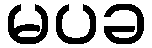
မပခ